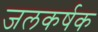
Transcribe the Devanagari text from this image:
जलकर्षक